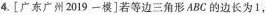
4.[广东广州2019一模]若等边三角形ABC的边长为1，